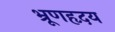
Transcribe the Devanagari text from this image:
भ्रूणहृदय